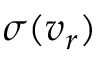
\sigma ( v _ { r } )